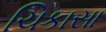
ચિકાસા